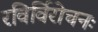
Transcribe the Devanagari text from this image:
रविर्विरोचनः